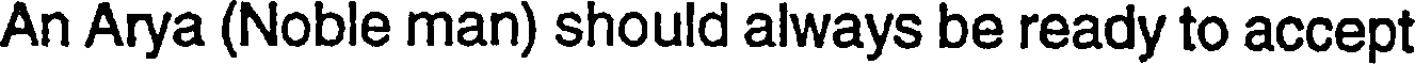
An Arya (Noble man) should always be ready to accept